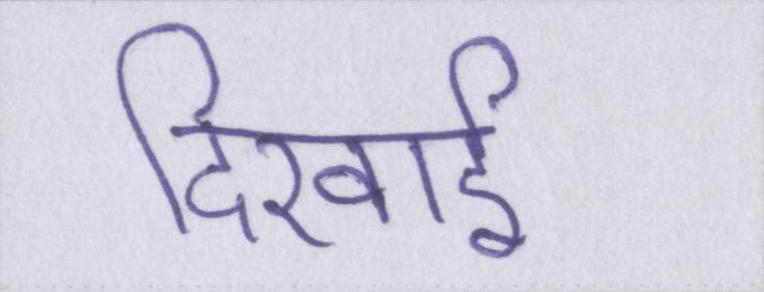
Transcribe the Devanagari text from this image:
दिखाई